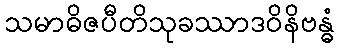
သမာဓိဇပီတိသုခဿာဒဝိနိဗန္ဓံ